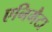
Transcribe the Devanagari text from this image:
एनिमैटा